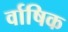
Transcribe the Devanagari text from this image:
र्वाषिक